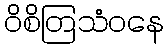
ဝိစိတြသံဝနေ